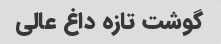
گوشت تازه داغ عالی